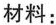
材料：